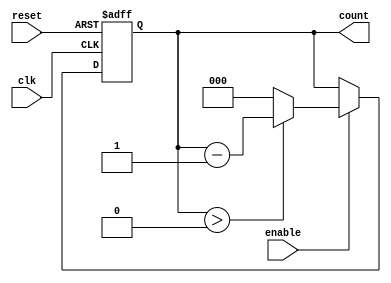
module down_counter (
    input wire clk,        // Clock signal
    input wire reset,      // Asynchronous reset signal
    input wire enable,     // Enable signal to decrement the counter
    output reg [n-1:0] count // Count output (n-bit wide)
);
    parameter n = 3; // Number of bits for the counter (can be changed as needed)
    
    // State encoding
    reg [n-1:0] current_state, next_state;

    // Asynchronous reset and state transition on clock edge
    always @(posedge clk or posedge reset) begin
        if (reset) begin
            current_state <= n'b111; // Reset to maximum count (2^n - 1)
        end else begin
            current_state <= next_state; // Update current state
        end
    end

    // Next state logic based on current state and enable signal
    always @(*) begin
        if (enable) begin
            if (current_state > 0) begin
                next_state = current_state - 1; // Decrement state
            end else begin
                next_state = 0; // Hold at 0
            end
        end else begin
            next_state = current_state; // Hold current state
        end
    end

    // Output logic (Moore machine output)
    always @(*) begin
        count = current_state; // Output the current state
    end

endmodule